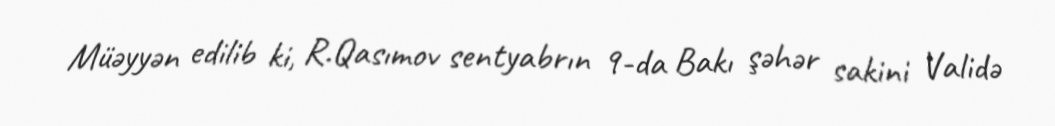
Müəyyən edilib ki, R.Qasımov sentyabrın 9-da Bakı şəhər sakini Validə